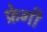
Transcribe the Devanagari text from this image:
फ्रेगी